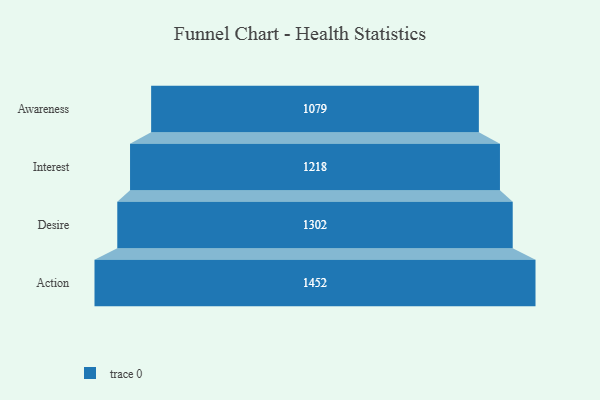
{"axis": {"x": "Stage", "y": "Value"}, "legend": [""], "data": [{"x": "Awareness", "y": 1079.0, "type": ""}, {"x": "Interest", "y": 1218.0, "type": ""}, {"x": "Desire", "y": 1302.0, "type": ""}, {"x": "Action", "y": 1452.0, "type": ""}]}